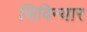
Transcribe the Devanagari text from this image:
सिविन्यार